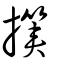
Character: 擌